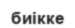
биікке